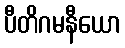
ပီတိဂမနီယော